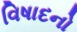
વિષાદનો